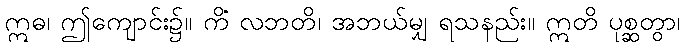
ဣဓ၊ ဤကျောင်း၌။ ကိံ လဘတိ၊ အဘယ်မျှ ရသနည်း။ ဣတိ ပုစ္ဆတွာ၊